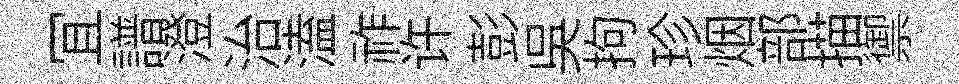
冝譜澄治溘祚许彭吳拘珍烟部描禦